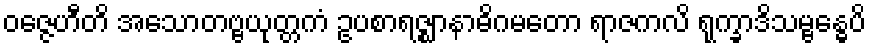
ဝဇ္ဇေဟီတိ အသောတဗ္ဗယုတ္တကံ ဥပစာရဇ္ဈာနာဓိဂမတော ရာဇကလိ ရုက္ခာဒိသမ္ဗန္ဓေပိ